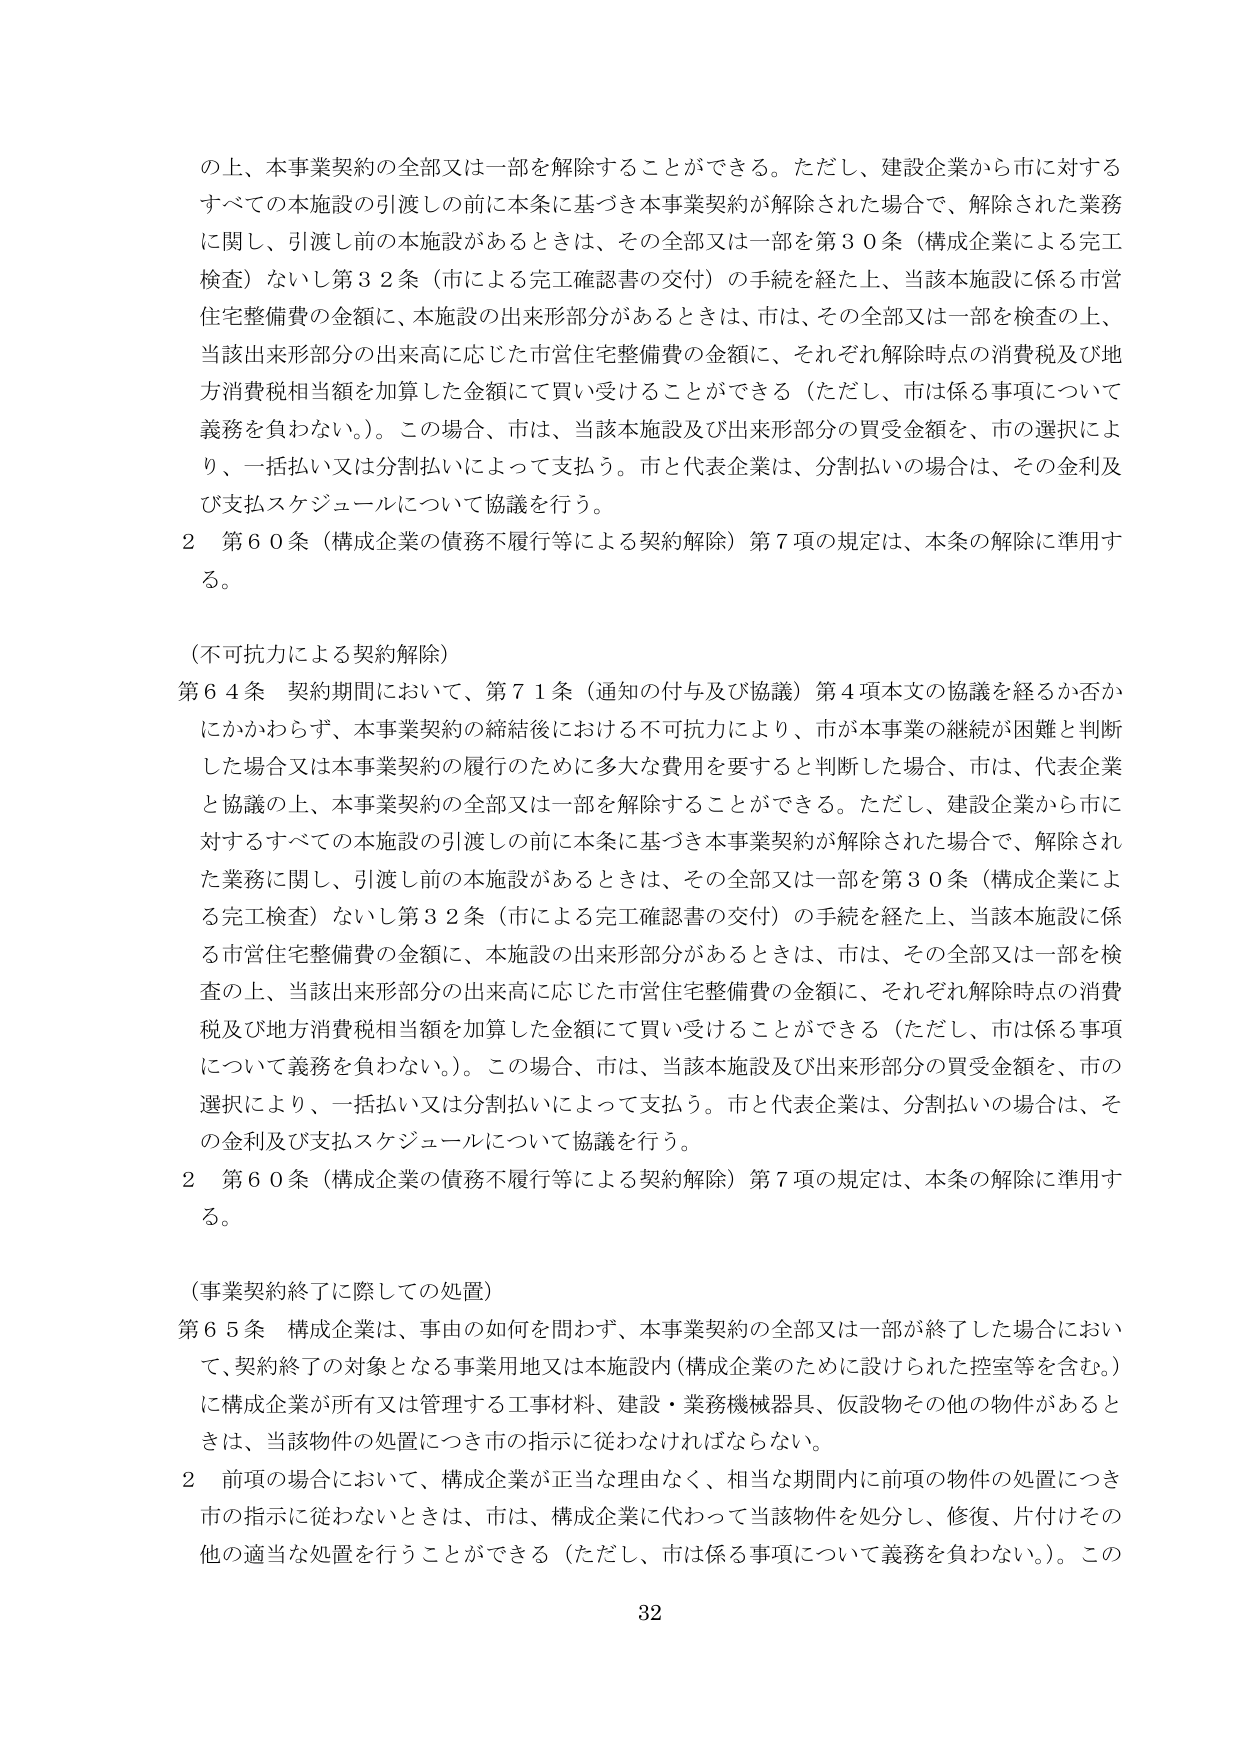
の上、本事業契約の全部又は一部を解除することができる。ただし、建設企業から市に対するすべての本施設の引渡しの前に本条に基づき本事業契約が解除された場合で、解除された業務に関し、引渡し前の本施設があるときは、その全部又は一部を第30条（構成企業による完工検査）ないし第32条（市による完工確認書の交付）の手続を経た上、当該本施設に係る市営住宅整備費の金額に、本施設の出来形部分があるときは、市は、その全部又は一部を検査の上、当該出来形部分の出来高に応じた市営住宅整備費の金額に、それぞれ解除時点の消費税及び地方消費税相当額を加算した金額にて買い受けることができる（ただし、市は係る事項について義務を負わない。）。この場合、市は、当該本施設及び出来形部分の買受金額を、市の選択により、一括払い又は分割払いによって支払う。市と代表企業は、分割払いの場合は、その金利及び支払スケジュールについて協議を行う。

2 第60条（構成企業の債務不履行等による契約解除）第7項の規定は、本条の解除に準用する。

（不可抗力による契約解除）

第64条 契約期間において、第71条（通知の付与及び協議）第4項本文の協議を経るか否かにかかわらず、本事業契約の締結後における不可抗力により、市が本事業の継続が困難と判断した場合又は本事業契約の履行のために多大な費用を要すると判断した場合、市は、代表企業と協議の上、本事業契約の全部又は一部を解除することができる。ただし、建設企業から市に対するすべての本施設の引渡しの前に本条に基づき本事業契約が解除された場合で、解除された業務に関し、引渡し前の本施設があるときは、その全部又は一部を第30条（構成企業による完工検査）ないし第32条（市による完工確認書の交付）の手続を経た上、当該本施設に係る市営住宅整備費の金額に、本施設の出来形部分があるときは、市は、その全部又は一部を検査の上、当該出来形部分の出来高に応じた市営住宅整備費の金額に、それぞれ解除時点の消費税及び地方消費税相当額を加算した金額にて買い受けることができる（ただし、市は係る事項について義務を負わない。）。この場合、市は、当該本施設及び出来形部分の買受金額を、市の選択により、一括払い又は分割払いによって支払う。市と代表企業は、分割払いの場合は、その金利及び支払スケジュールについて協議を行う。

2 第60条（構成企業の債務不履行等による契約解除）第7項の規定は、本条の解除に準用する。

（事業契約終了に際しての処置）

第65条 構成企業は、事由の如何を問わず、本事業契約の全部又は一部が終了した場合において、契約終了の対象となる事業用地又は本施設内（構成企業のために設けられた控室等を含む。）に構成企業が所有又は管理する工事材料、建設・業務機械器具、仮設物その他の物件があるときは、当該物件の処置につき市の指示に従わなければならない。

2 前項の場合において、構成企業が正当な理由なく、相当な期間内に前項の物件の処置につき市の指示に従わないときは、市は、構成企業に代わって当該物件を処分し、修復、片付けその他の適当な処置を行うことができる（ただし、市は係る事項について義務を負わない。）。この

32